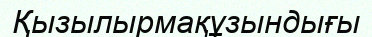
Қызылырмақұзындығы